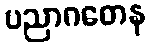
ပညာဂတေန